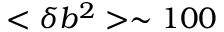
< \delta b ^ { 2 } > \sim 1 0 0